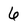
Character: 6